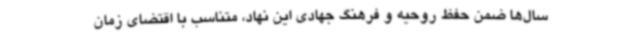
سال‌ها ضمن حفظ روحیه‌ و فرهنگ جهادی این نهاد، متناسب با اقتضای زمان